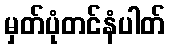
မှတ်ပုံတင်နံပါတ်